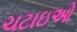
ચટાઇઓ